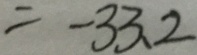
= - 3 3 . 2